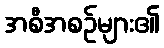
အစီအစဉ်များ၏